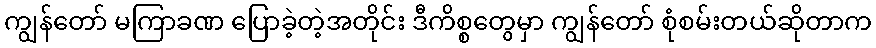
ကျွန်တော် မကြာခဏ ပြောခဲ့တဲ့အတိုင်း ဒီကိစ္စတွေမှာ ကျွန်တော် စုံစမ်းတယ်ဆိုတာက